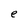
Character: e